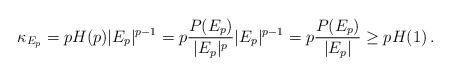
LaTeX: \begin{align*}\kappa_{E_p} = pH(p) |E_p|^{p-1} = p\frac{P(E_p)}{|E_p|^p} |E_p|^{p-1} = p\frac{P(E_p)}{|E_p|} \ge pH(1)\,.\end{align*}